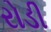
રોડી